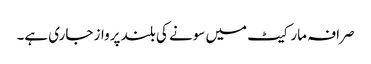
صرافہ مارکیٹ میں سونے کی بلند پرواز جاری ہے۔